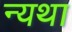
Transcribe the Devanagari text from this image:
न्यथा